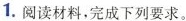
1.阅读材料，完成下列要求。